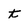
Character: t